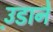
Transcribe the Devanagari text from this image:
उ़डाने